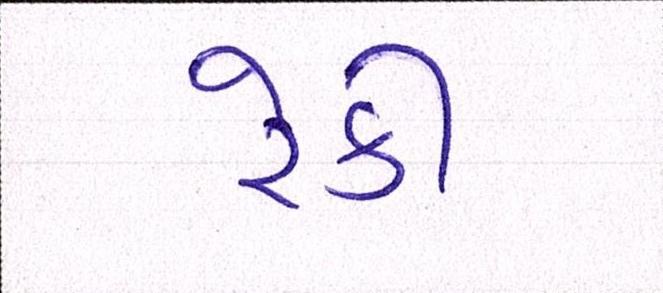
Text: રેકી